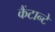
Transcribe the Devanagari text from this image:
कैंटान्टे